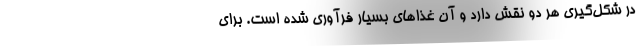
در شکل‌گیری هر دو نقش دارد و آن غذاهای بسیار فرآوری شده است. برای